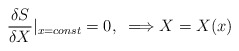
\begin{align*}\frac{\delta S}{\delta X}|_{x=const} = 0,\;\; \Longrightarrow X = X(x)\end{align*}